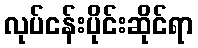
လုပ်ငန်းပိုင်းဆိုင်ရာ